Malaria in the Duars
Disease focus: Malaria
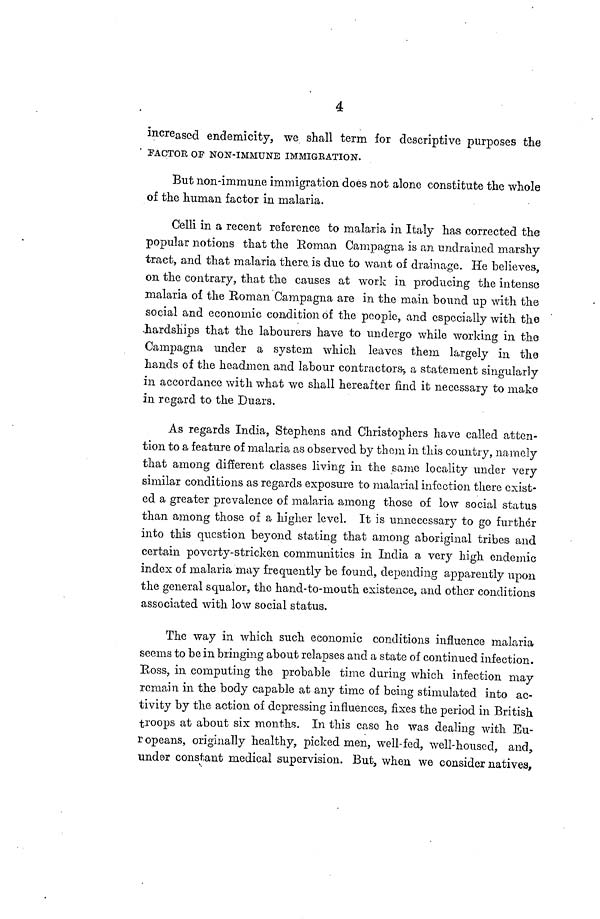
4
increased endemicity, we shall term for descriptive purposes the
FACTOR OF NON-IMMUNE IMMIGRATION.
But non-immune immigration does not alone constitute the whole
of the human factor in malaria.
Celli in a recent reference to malaria in Italy has corrected the
popular notions that the Roman Campagna is an undrained marshy
tract, and that malaria there is due to want of drainage. He believes,
on the contrary, that the causes at work in producing the intense
malaria of the Roman Campagna are in the main bound up with the
social and economic condition of the people, and especially with the
hardships that the labourers have to undergo while working in the
Campagna under a system which leaves them largely in the
hands of the headmen and labour contractors, a statement singularly
in accordance with what we shall hereafter find it necessary to make
in regard to the Duars.
As regards India, Stephens and Christophers have called atten-
tion to a feature of malaria as observed by them in this country, namely
that among different classes living in the same locality under very
similar conditions as regards exposure to malaríal infection there exist-
ed a greater prevalence of malaria among those of low social status
than among those of a higher level. It is unnecessary to go further
into this question beyond stating that among aboriginal tribes and
certain poverty-stricken communities in India a very high endemic
index of malaria may frequently be found, depending apparently upon
the general squalor, the hand-to-mouth existence, and other conditions
associated with low social status.
The way in which such economic conditions influence malaria
seems to be in bringing about relapses and a state of continued infection.
Boss, in computing the probable time during which infection may
remain in the body capable at any time of being stimulated into ac-
tivity by the action of depressing influences, fixes the period in British
troops at about six months. In this case he was dealing with Eu-
ropeans, originally healthy, picked men, well-fed, well-housed, and,
under constant medical supervision. But, when we consider natives,